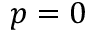
p = 0